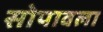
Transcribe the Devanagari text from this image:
सोपावला